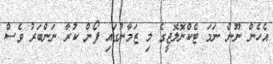
އެހެން ނޫން ނަމަ ޓެކްނޮލޮޖީގެ މި ޒަމާނުގައި ފޯން ކުރާ ނަންބަރު ވެސް